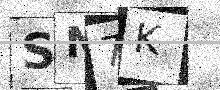
Text: SN7K